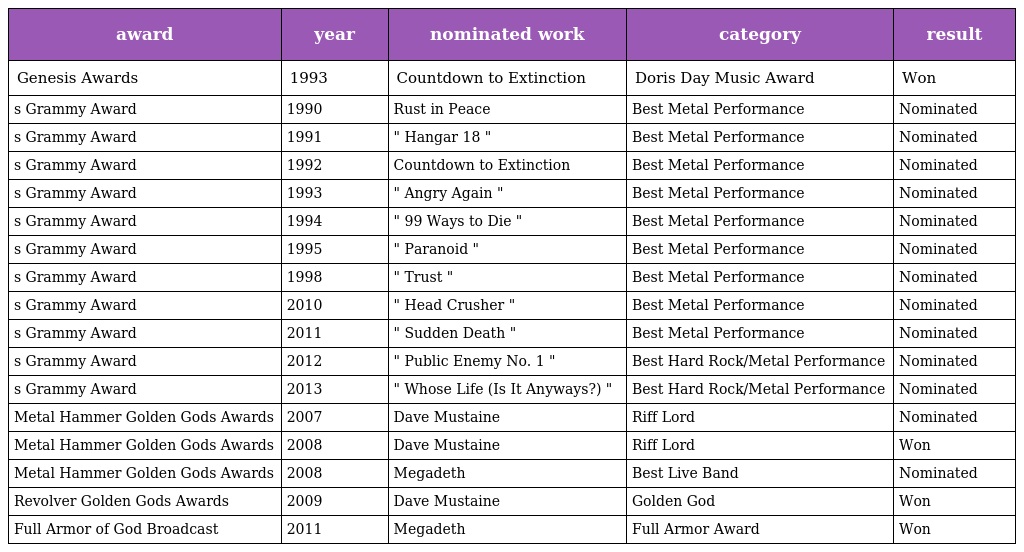
| award | year | nominated work | category | result |
 | --- | --- | --- | --- | --- |
 | Genesis Awards | 1993 | Countdown to Extinction | Doris Day Music Award | Won |
 | s Grammy Award | 1990 | Rust in Peace | Best Metal Performance | Nominated |
 | s Grammy Award | 1991 | " Hangar 18 " | Best Metal Performance | Nominated |
 | s Grammy Award | 1992 | Countdown to Extinction | Best Metal Performance | Nominated |
 | s Grammy Award | 1993 | " Angry Again " | Best Metal Performance | Nominated |
 | s Grammy Award | 1994 | " 99 Ways to Die " | Best Metal Performance | Nominated |
 | s Grammy Award | 1995 | " Paranoid " | Best Metal Performance | Nominated |
 | s Grammy Award | 1998 | " Trust " | Best Metal Performance | Nominated |
 | s Grammy Award | 2010 | " Head Crusher " | Best Metal Performance | Nominated |
 | s Grammy Award | 2011 | " Sudden Death " | Best Metal Performance | Nominated |
 | s Grammy Award | 2012 | " Public Enemy No. 1 " | Best Hard Rock/Metal Performance | Nominated |
 | s Grammy Award | 2013 | " Whose Life (Is It Anyways?) " | Best Hard Rock/Metal Performance | Nominated |
 | Metal Hammer Golden Gods Awards | 2007 | Dave Mustaine | Riff Lord | Nominated |
 | Metal Hammer Golden Gods Awards | 2008 | Dave Mustaine | Riff Lord | Won |
 | Metal Hammer Golden Gods Awards | 2008 | Megadeth | Best Live Band | Nominated |
 | Revolver Golden Gods Awards | 2009 | Dave Mustaine | Golden God | Won |
 | Full Armor of God Broadcast | 2011 | Megadeth | Full Armor Award | Won |